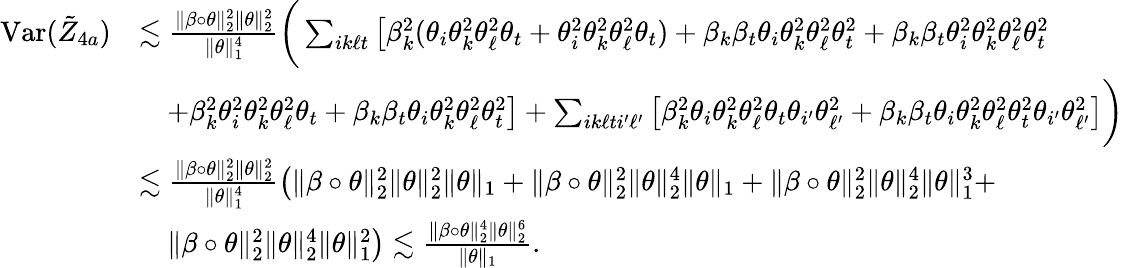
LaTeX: \begin{array}{rl}{\mathrm{Var}(\tilde{Z}_{4a})}&{\lesssim\frac{\| \beta\circ\theta\| _{2}^{2}\| \theta\| _{2}^{2}}{\| \theta\| _{1}^{4}}\bigg(\sum_{ik\ell t}\big[\beta_{k}^{2}(\theta_{i}\theta_{k}^{2}\theta_{\ell}^{2}\theta_{t}+\theta_{i}^{2}\theta_{k}^{2}\theta_{\ell}^{2}\theta_{t})+\beta_{k}\beta_{t}\theta_{i}\theta_{k}^{2}\theta_{\ell}^{2}\theta_{t}^{2}+\beta_{k}\beta_{t}\theta_{i}^{2}\theta_{k}^{2}\theta_{\ell}^{2}\theta_{t}^{2}}\\ &{\quad+\beta_{k}^{2}\theta_{i}^{2}\theta_{k}^{2}\theta_{\ell}^{2}\theta_{t}+\beta_{k}\beta_{t}\theta_{i}\theta_{k}^{2}\theta_{\ell}^{2}\theta_{t}^{2}\big]+\sum_{ik\ell ti^{\prime}\ell^{\prime}}\big[\beta_{k}^{2}\theta_{i}\theta_{k}^{2}\theta_{\ell}^{2}\theta_{t}\theta_{i^{\prime}}\theta_{\ell^{\prime}}^{2}+\beta_{k}\beta_{t}\theta_{i}\theta_{k}^{2}\theta_{\ell}^{2}\theta_{t}^{2}\theta_{i^{\prime}}\theta_{\ell^{\prime}}^{2}\big]\bigg)}\\ &{\lesssim\frac{\| \beta\circ\theta\| _{2}^{2}\| \theta\| _{2}^{2}}{\| \theta\| _{1}^{4}}\big(\| \beta\circ\theta\| _{2}^{2}\| \theta\| _{2}^{2}\| \theta\| _{1}+\| \beta\circ\theta\| _{2}^{2}\| \theta\| _{2}^{4}\| \theta\| _{1}+\| \beta\circ\theta\| _{2}^{2}\| \theta\| _{2}^{4}\| \theta\| _{1}^{3}+}\\ &{\quad\| \beta\circ\theta\| _{2}^{2}\| \theta\| _{2}^{4}\| \theta\| _{1}^{2}\big)\lesssim\frac{\| \beta\circ\theta\| _{2}^{4}\| \theta\| _{2}^{6}}{\| \theta\| _{1}}.}\end{array}